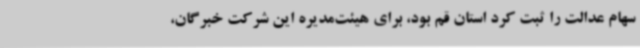
سهام عدالت را ثبت کرد استان قم بود، برای هیئت‌مدیره این شرکت خبرگان،